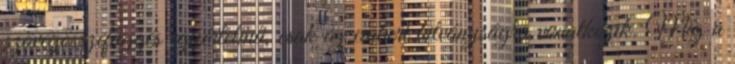
szövegösszefüggés egyértelmű, csak az emberi hitványságra vonatkozik. Míg a